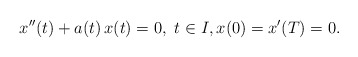
\begin{align*}x^{\prime\prime}(t)+a(t)\,x(t)=0,\ t\in I,x(0)=x^\prime(T)=0.\end{align*}